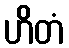
ဟိတံ